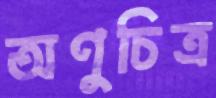
অণুচিত্র